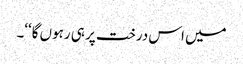
میں اس درخت پر ہی رہوں گا‘‘۔